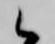
候